Civil Veterinary Dept. Bombay admin report 1900-1906 - 1900-1906
Year: 1900
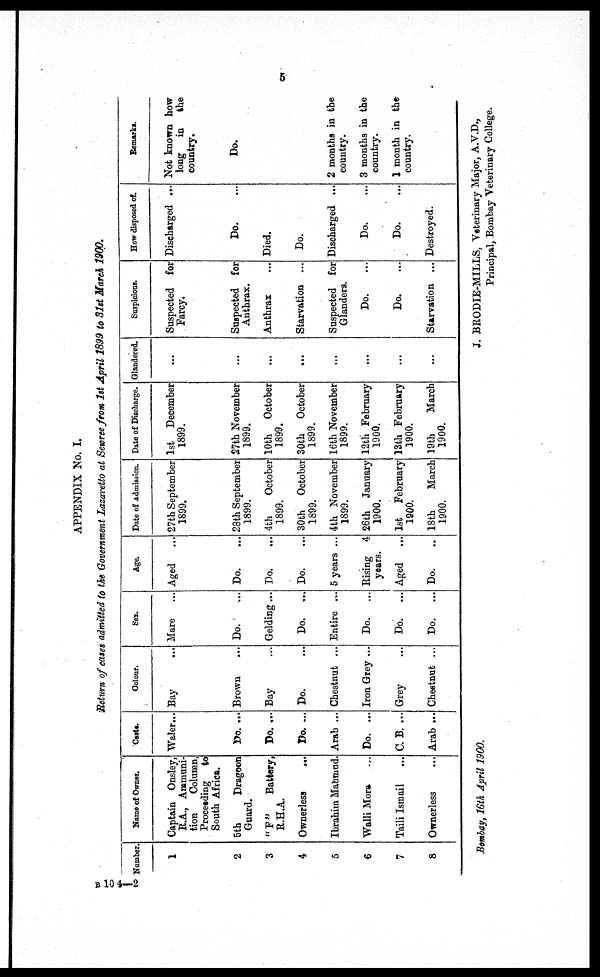
5
APPENDIX No, I.
Return of cases admitted to the Government Lazaretto at Sewree from 1st April 1899 to 31st March 1900.
Number.
1
2
3
4
5
6
7
8
Name of Owner.
Captain Onsley,
R.A., Ammuni-
tion
Column,
Proceeding
to
South Africa.
5th
Dragoon
Guard.
"F"
Battery,
R.H.A.
Ownerless
...
Ibrahim Mahmad.
Walli Mora ...
Taili Ismail ...
Ownerless ...
Caste.
Waler...
Do. ...
Do. ...
Do. ...
Arab ...
Do. ...
C. B. ...
Arab ...
Colour.
Bay ...
Brown
...
Bay ...
Do.
Chestnut ...
Iron Grey ...
Grey
Chestnut ...
Sex.
Mare ...
Do. ...
Gelding...
Do.
...
Entire ...
Do.
...
Do.
...
Do.
...
Age.
Aged ...
Do. ...
Do. ...
Do. ...
5 years ...
Rising 4
years.
Aged
Do.
Date of Admission.
27th September
1899.
28th September
1899.
4th
October
1899.
30th
October
1899.
4th November
1899.
26th January
1900.
1st
February
1900.
18th
March
1900.
Date of Discharge.
1st December
1899.
27th November
1899.
10th
October
1899.
30th
October
1899.
16th November
1899.
12th February
1900.
13th February
1900.
19th
March
1900.
Glandered.
...
...
...
...
...
...
...
...
Suspicious.
Suspected for
Farcy.
Suspected for
Anthrax.
Anthrax ...
Starvation ...
Suspected for
Glanders.
Do.
...
Do. ...
Starvation ...
How disposed of.
Discharged ...
Do. ...
Died.
Do.
Discharged ...
Do. ...
Do. ...
Destroyed.
Remarks.
Not known how
long
in the
country.
Do.
2 months in the
country.
3 months in the
country.
1 month in the
country.
Bombay, 16th April 1900.
J. BRODIE-MILLS, Veterinary Major, A.V.D.,
Principal, Bombay Veterinary College.
B 104—2